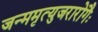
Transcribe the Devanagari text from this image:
जन्ममृत्युजरारोगैः